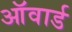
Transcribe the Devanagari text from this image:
ऑवार्ड